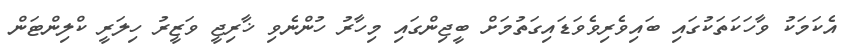
އެކަމަކު ވާހަކަތަކުގައި ބައިވެރިވެވަޑައިގަތުމަށް ބީޖިންގައި މިހާރު ހުންނެވި ޚާރިޖީ ވަޒީރު ހިލަރީ ކްލިންޓަން